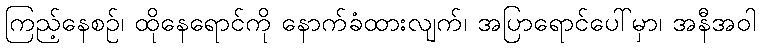
ကြည့်နေစဉ်၊ ထိုနေရောင်ကို နောက်ခံထားလျက်၊ အပြာရောင်ပေါ်မှာ၊ အနီအဝါ